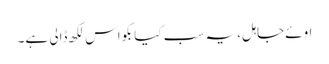
اوئےجاہل، یہ سب کیا بکواس لکھ ڈالی ہے۔